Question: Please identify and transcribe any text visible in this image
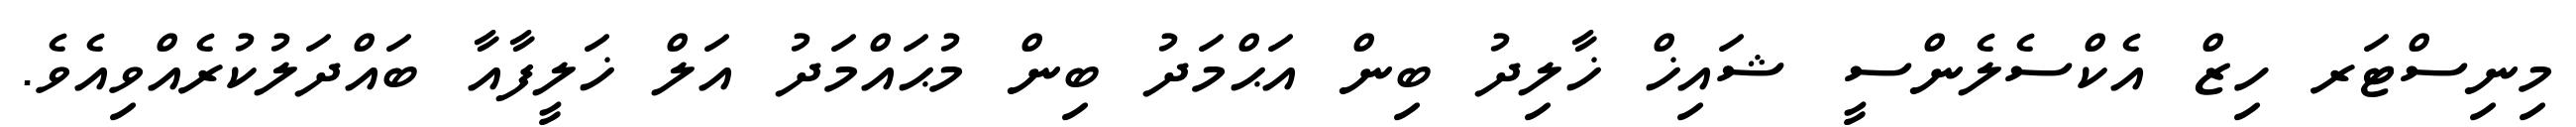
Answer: މިނިސްޓަރ ހިޒް އެކްސެލެންސީ ޝައިޚް ޚާލިދު ބިން އަޙްމަދު ބިން މުޙައްމަދު އަލް ޚަލީފާއާ ބައްދަލުކުރެއްވިއެވެ.